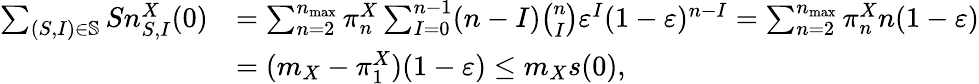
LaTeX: \begin{array}{rl}{\sum_{(S,I)\in\mathbb{S}}Sn_{S,I}^{X}(0)}&{=\sum_{n=2}^{n_{\operatorname*{max}}}\pi_{n}^{X}\sum_{I=0}^{n-1}(n-I)\binom{n}{I}\varepsilon^{I}(1-\varepsilon)^{n-I}=\sum_{n=2}^{n_{\operatorname*{max}}}\pi_{n}^{X}n(1-\varepsilon)}\\ &{=(m_{X}-\pi_{1}^{X})(1-\varepsilon)\leq m_{X}s(0),}\end{array}